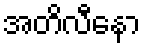
အတိလီနော